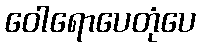
ဝေါရောပေတုံပေ